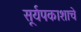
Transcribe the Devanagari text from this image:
सूर्यपकाशाचे